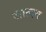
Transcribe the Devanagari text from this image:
जात्दव